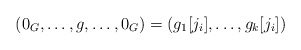
\begin{align*}(0_G,\ldots,g,\ldots,0_G)=(g_1[j_i],\ldots,g_k[j_i])\end{align*}